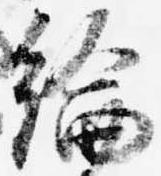
綸